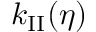
k _ { \mathrm { I I } } ( \eta )